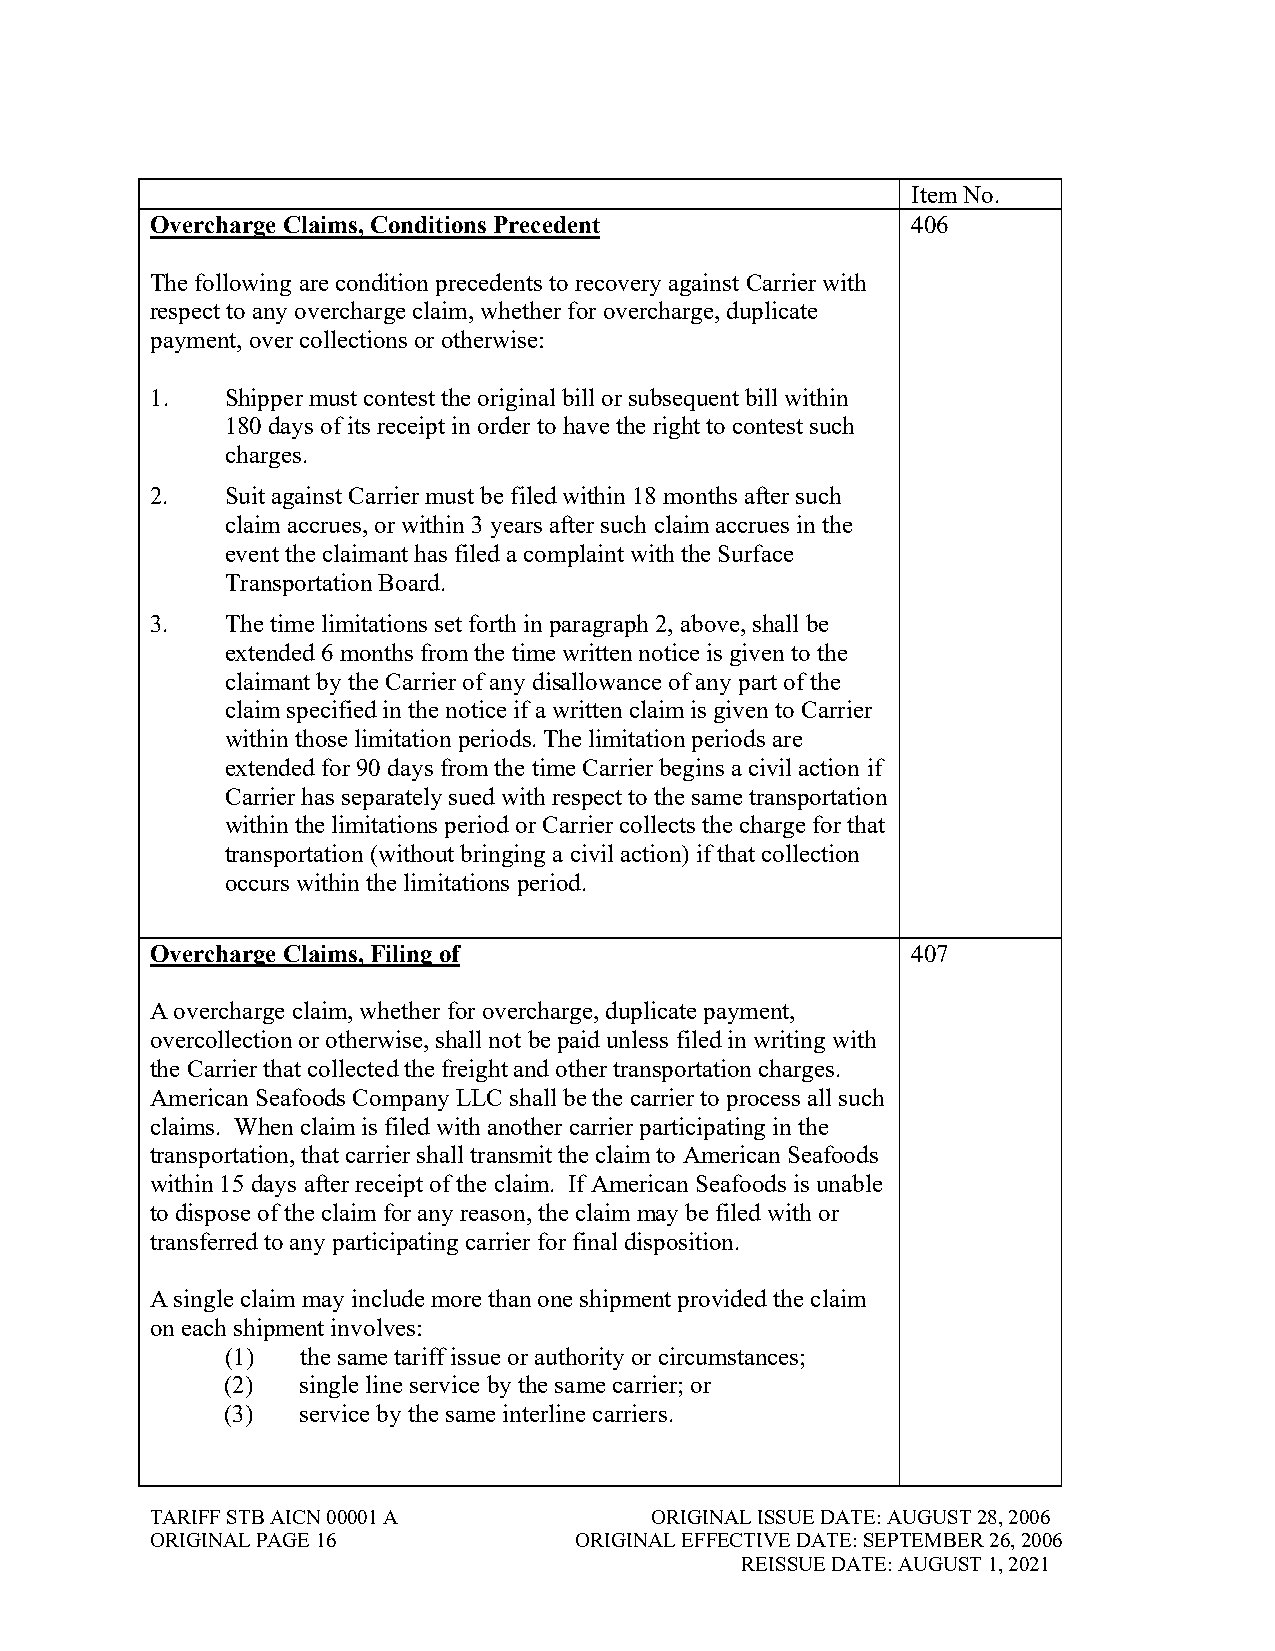
Item No.
 Overcharge Claims, Conditions Precedent           406
 The following are condition precedents to recovery against Carrier with
 respect to any overcharge claim, whether for overcharge, duplicate
 payment, over collections or otherwise:
 1.   Shipper must contest the original bill or subsequent bill within
 180 days of its receipt in order to have the right to contest such
 charges.
 2.   Suit against Carrier must be filed within 18 months after such
 claim accrues, or within 3 years after such claim accrues in the
 event the claimant has filed a complaint with the Surface
 Transportation Board.
 3.   The time limitations set forth in paragraph 2, above, shall be
 extended 6 months from the time written notice is given to the
 claimant by the Carrier of any disallowance of any part of the
 claim specified in the notice if a written claim is given to Carrier
 within those limitation periods. The limitation periods are
 extended for 90 days from the time Carrier begins a civil action if
 Carrier has separately sued with respect to the same transportation
 within the limitations period or Carrier collects the charge for that
 transportation (without bringing a civil action) if that collection
 occurs within the limitations period.
 Overcharge Claims, Filing of                      407
 A overcharge claim, whether for overcharge, duplicate payment,
 overcollection or otherwise, shall not be paid unless filed in writing with
 the Carrier that collected the freight and other transportation charges.
 American Seafoods Company LLC shall be the carrier to process all such
 claims. When claim is filed with another carrier participating in the
 transportation, that carrier shall transmit the claim to American Seafoods
 within 15 days after receipt of the claim. If American Seafoods is unable
 to dispose of the claim for any reason, the claim may be filed with or
 transferred to any participating carrier for final disposition.
 A single claim may include more than one shipment provided the claim
 on each shipment involves:
 (1)  the same tariff issue or authority or circumstances;
 (2)  single line service by the same carrier; or
 (3)  service by the same interline carriers.
 TARIFF STB AICN 00001 A          ORIGINAL ISSUE DATE: AUGUST 28, 2006
 ORIGINAL PAGE 16            ORIGINAL EFFECTIVE DATE: SEPTEMBER 26, 2006
 REISSUE DATE: AUGUST 1, 2021